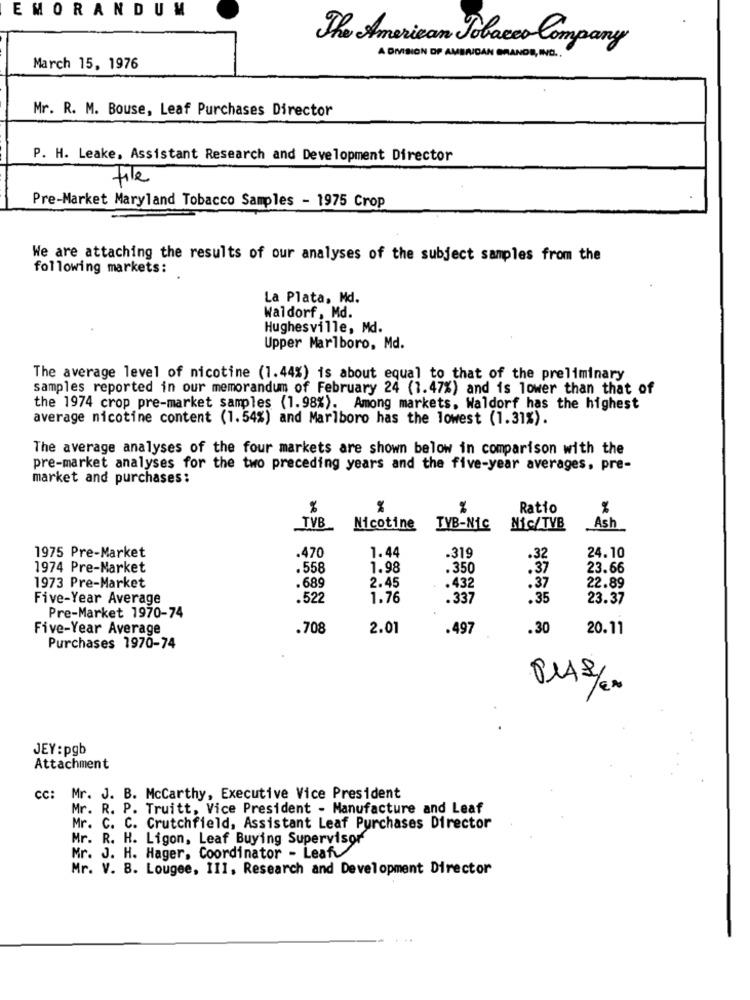
EMORANDUM
The American Tobacco Company
A DIVISION DP AMERICAN GRANDS, ING ..
March 15, 1976
Mr. R. M. Bouse, Leaf Purchases Director
P. H. Leake, Assistant Research and Development Director
File
Pre-Market Maryland Tobacco Samples - 1975 Crop
We are attaching the results of our analyses of the subject samples from the
following markets:
La Plata, Md.
Waldorf, Md.
Hughesville, Md.
Upper Marlboro, Md.
The average level of nicotine (1.44%) is about equal to that of the preliminary
samples reported in our memorandum of February 24 (1.47%) and is lower than that of
the 1974 crop pre-market samples (1.98%). Among markets, Waldorf has the highest
average nicotine content (1.54%) and Marlboro has the lowest (1.31%).
The average analyses of the four markets are shown below in comparison with the
pre-market analyses for the two preceding years and the five-year averages, pre-
market and purchases;
%
%
Ratio
%
TVB
Nicotine
TVB-Nic
Nic/TVB
Ash
.470
1.44
24.10
1975 Pre-Market
-319
.32
1974 Pre-Market
.558
1.98
.350
23.66
.689
2.45
22.89
1973 Pre-Market
.432
.37
Five-Year Average
.522
1.76
.337
.35
23.37
Pre-Market 1970-74
Five-Year Average
.708
2.01
.497
.30
20.11
Purchases 1970-74
PIAS/2.
JEY : pgb
Attachment
cc: Mr. J. B. Mccarthy, Executive Vice President
Mr. R. P. Truitt, Vice President - Manufacture and Leaf
Mr. C. C. Crutchfield, Assistant Leaf Purchases Director
Mr. R. H. Ligon, Leaf Buying Supervisor
Mr. J. H. Hager, Coordinator - Leaf
Mr. V. B. Lougee, III, Research and Development Director